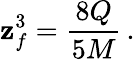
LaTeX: \mathbf{z}_{f}^{3}={\frac{{8Q}}{{5M}}}\, .